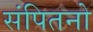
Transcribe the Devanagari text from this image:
संपितनो